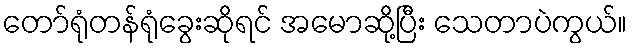
တော်ရုံတန်ရုံခွေးဆိုရင် အမောဆို့ပြီး သေတာပဲကွယ်။